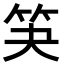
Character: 𮅃